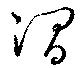
澗